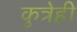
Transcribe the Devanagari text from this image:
कुत्रेही